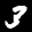
Label: 3